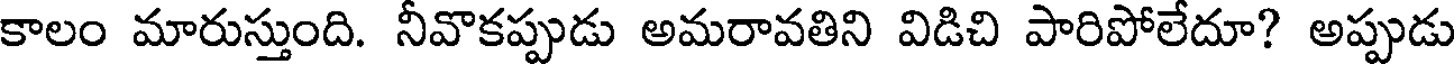
కాలం మారుస్తుంది. నీవొకప్పుడు అమరావతిని విడిచి పారిపోలేదూ? అప్పుడు